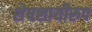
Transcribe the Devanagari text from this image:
शेषशायीरुप